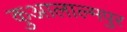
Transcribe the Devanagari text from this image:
कुआलाल्मपुर